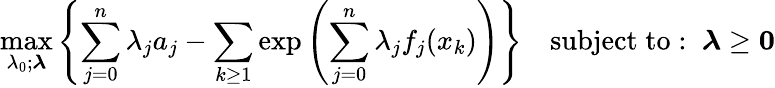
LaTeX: \operatorname*{max}_{\lambda_{0};{\boldsymbol{\lambda}}}\left\{ \sum_{j=0}^{n}\lambda_{j}a_{j}-\sum_{k\geq 1}\exp\left(\sum_{j=0}^{n}\lambda_{j}f_{j}(x_{k})\right)\right\} \quad\mathrm{subject\; to:\; \; }{\boldsymbol{\lambda}}\geq\mathbf{0}